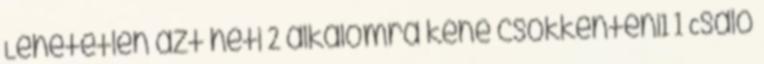
Lehetetlen azt heti 2 alkalomra kéne csökkenteni1 1 Csaló